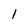
Character: 1